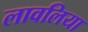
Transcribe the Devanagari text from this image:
लावलिया